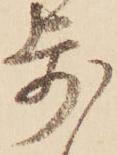
歩